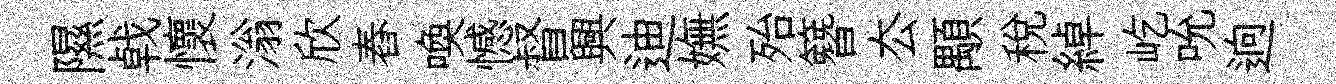
隰㦸懷滃欣舂喚憾督興迪嫵殆簪厺顒稅綽屹吮逈